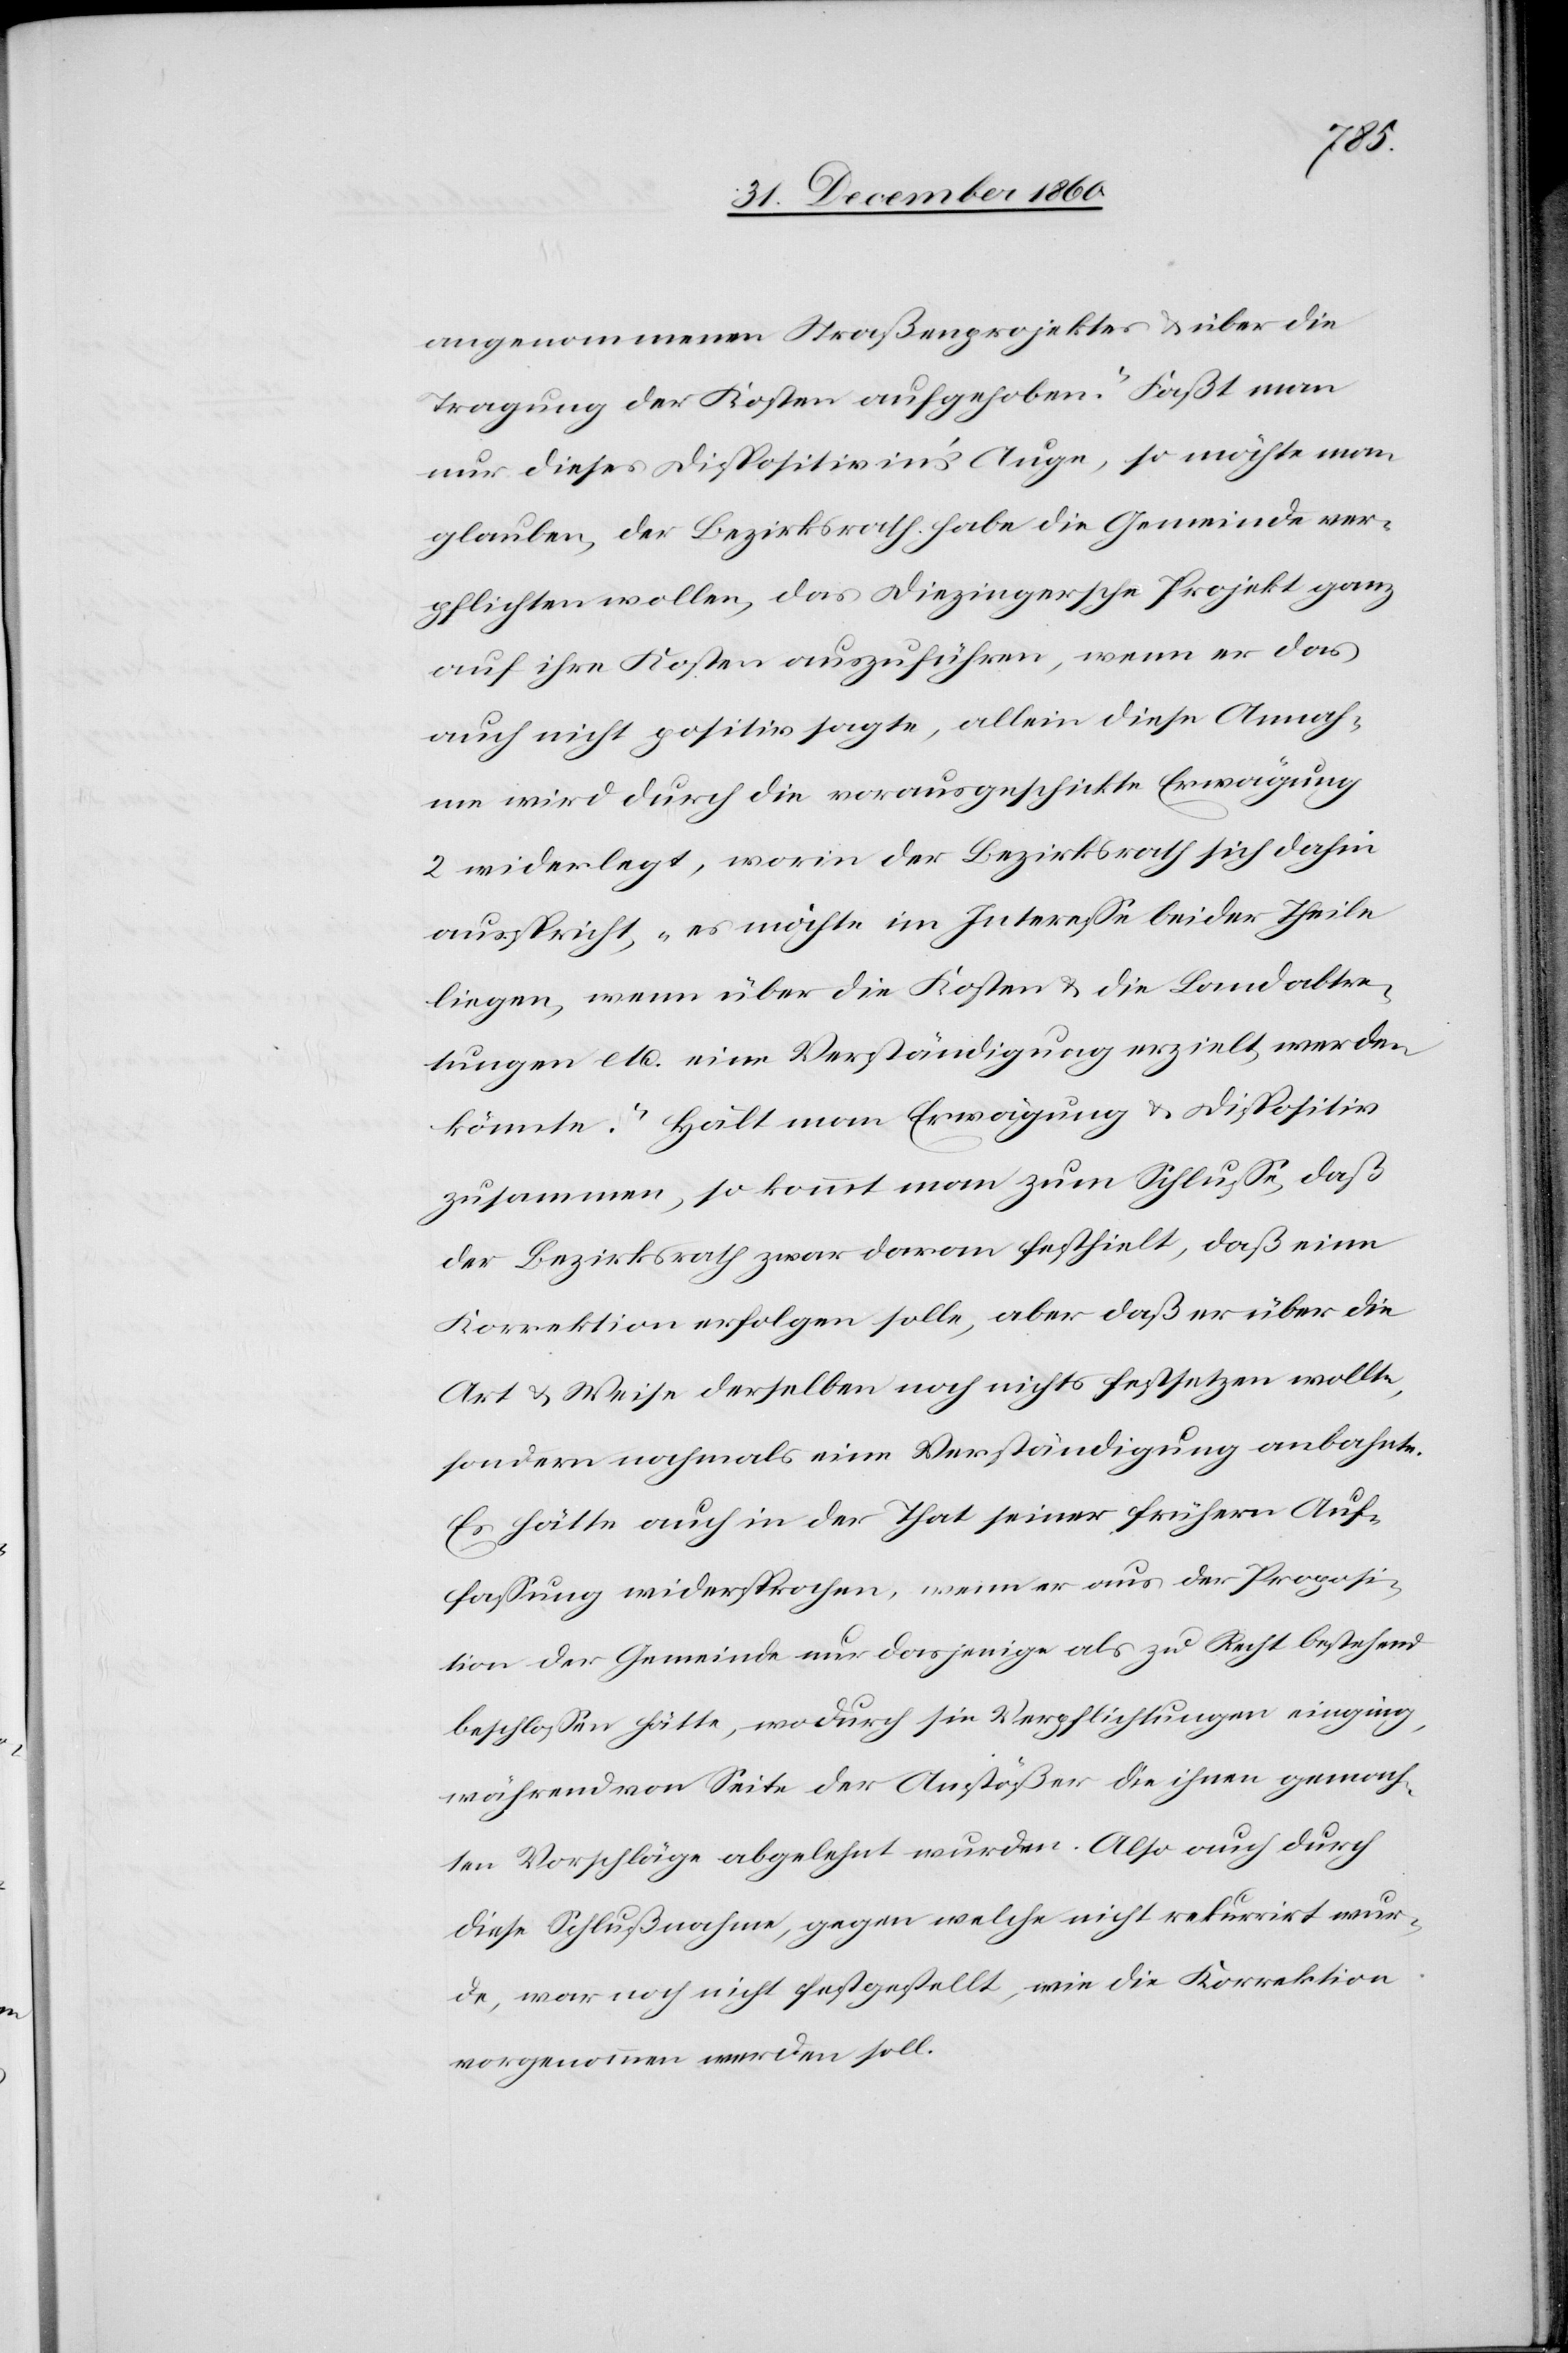
angenommenen Straßenprojektes über die
Tragung der Kosten aufgehoben.“ Faßt man
nur dieses Dispositiv in’s Auge, möchte man
glauben, der Bezirksrath habe die Gemeinde ver¬
pflichten wollen, das Diezingersche Projekt ganz
auf ihre Kosten auszuführen, wenn er das
auch nicht positiv sagte, allein diese Annah¬
me wird durch die vorausgeschickte Erwägung
2 widerlegt, worin der Bezirksrath sich dahin
ausspricht, „es möchte im Interesse beider Theile
liegen, wenn über die Kosten u. die Landabtre¬
tungen etc. eine Verständigung erzielt werden
könnte.“ Hält man Erwägung u. Dispositiv
zusammen, so kommt man zum Schlusse, daß
der Bezirksrath zwar daran festhielt, daß eine
Korrektion erfolgen solle, aber daß er über die
Art u. Weise derselben noch nichts festgesetzten wollte,
sondern nochmals eine Verständigung anbahnte.
Es hätte auch in der That seiner frühern Auf¬
fassung widersprochen, wenn er aus der Proposi¬
tion der Gemeinde nur dasjenige als zu Recht bestehend
beschlossen hätte, wodurch sie Verpflichtungen einging,
während von Seite der Anstößer die ihnen gemach¬
ten Vorschläge abgelehnt wurden. Also auch durch
diese Schlußnahme, gegen welche nicht rekurrirt wur¬
de, war noch nicht festgestellt, wie die Korrektion
vorgenommen werden soll.